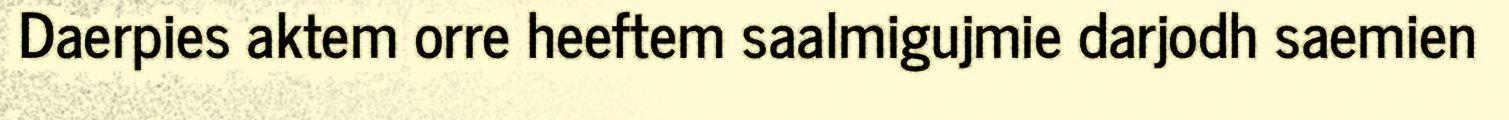
Daerpies aktem orre heeftem saalmigujmie darjodh saemien